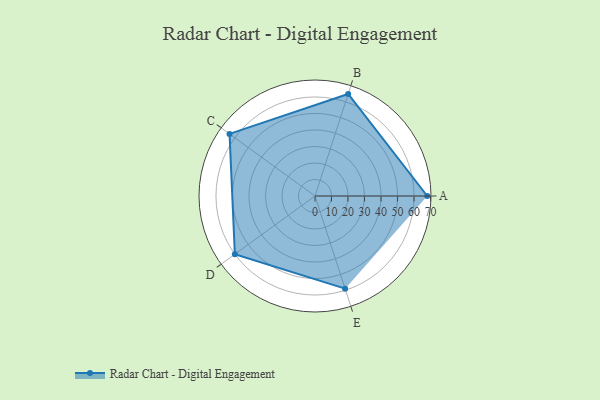
{"axis": {"x": "Skill", "y": "Score"}, "legend": ["Profile"], "data": [{"x": "A", "y": 68.0, "type": "Profile"}, {"x": "B", "y": 65.0, "type": "Profile"}, {"x": "C", "y": 64.0, "type": "Profile"}, {"x": "D", "y": 60.0, "type": "Profile"}, {"x": "E", "y": 59.0, "type": "Profile"}]}